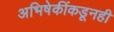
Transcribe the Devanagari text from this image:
अभिषेकींकडूनही